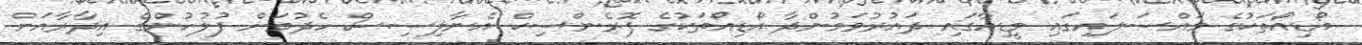
އޯޑިއޯތަކުގެ މައްސަލައިގައި މީޑިއާގައި ދައުރުވަމުންދާ އޯޑިއޯތަކުގެ ފޮރެންސިކް އެނާލިސިސް ހެދުމަށް ފުލުހުންގެ އިދާރާއަށް